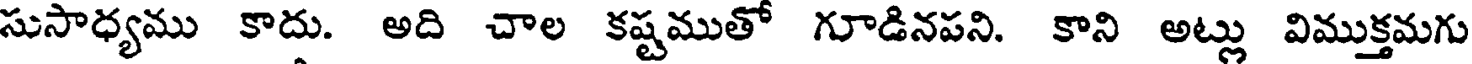
సుసాధ్యము కాదు. అది చాల కష్టముతో గూడినపని. కాని అట్లు విముక్తమగు